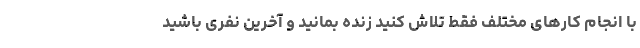
با انجام کارهای مختلف فقط تلاش کنید زنده بمانید و آخرین نفری باشید